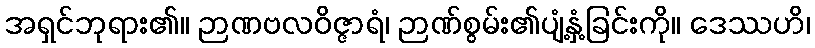
အရှင်ဘုရား၏။ ဉာဏဗလဝိဇ္ဇာရံ၊ ဉာဏ်စွမ်း၏ပျံ့နှံ့ခြင်းကို။ ဒေဿဟိ၊